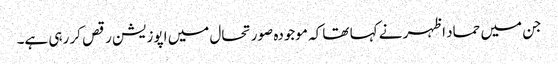
جن میں حماد اظہر نے کہا تھا کہ موجودہ صورتحال میں اپوزیشن رقص کر رہی ہے۔